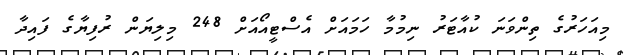
މިއަހަރުގެ ތިންވަނަ ކުއާޓަރު ނިމުމާ ހަމައަށް އެސްޓީއޯއަށް 248 މިލިޔަން ރުފިޔާގެ ފައިދާ